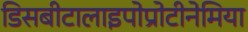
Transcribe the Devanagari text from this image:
डिसबीटालाइपोप्रोटीनेमिया